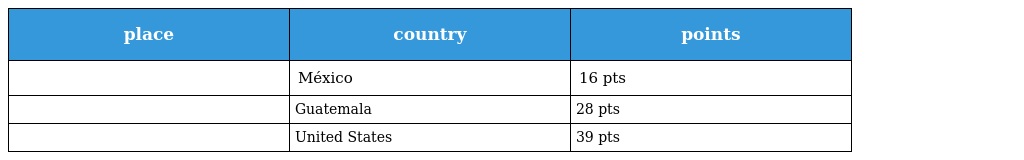
| place | country | points |
 | --- | --- | --- |
 |  | México | 16 pts |
 |  | Guatemala | 28 pts |
 |  | United States | 39 pts |